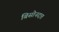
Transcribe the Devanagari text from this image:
बिसोनदत्त